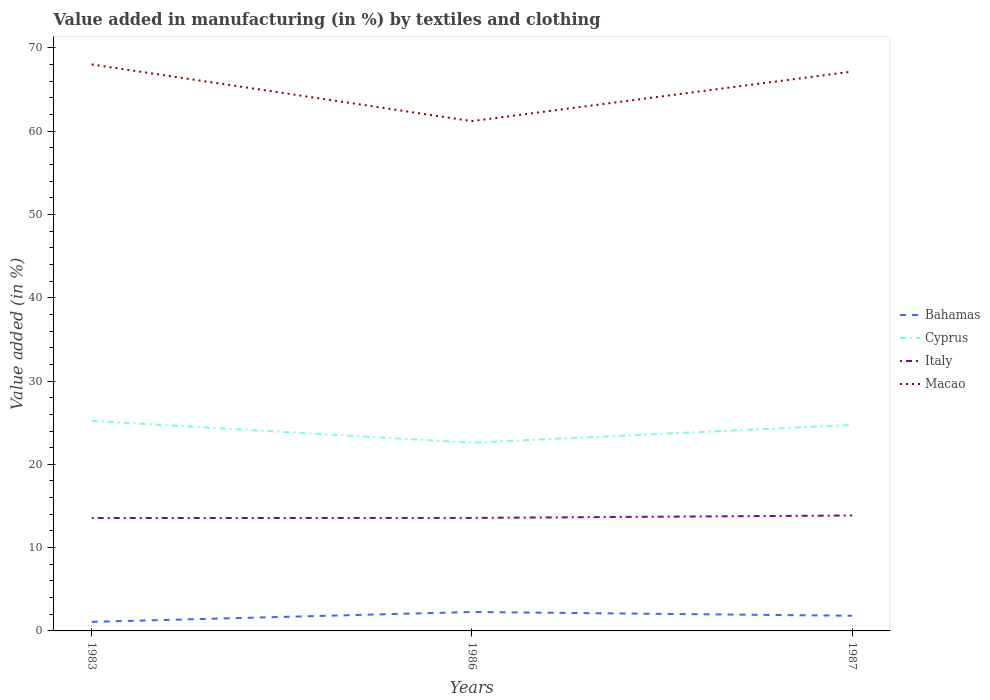
| Years | Bahamas | Cyprus | Italy | Macao |
 | --- | --- | --- | --- | --- |
 | 1983 | 1.09 | 25.2 | 13.6 | 68 |
 | 1986 | 2.27 | 22.6 | 13.6 | 61.2 |
 | 1987 | 1.82 | 24.7 | 13.9 | 67.2 |